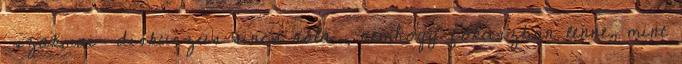
szakmai diskurzus sincs róla , nemhogy fókuszban lenne, mint